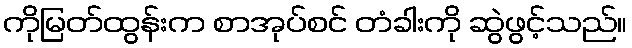
ကိုမြတ်ထွန်းက စာအုပ်စင် တံခါးကို ဆွဲဖွင့်သည်။